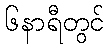
၆နာရီတွင်